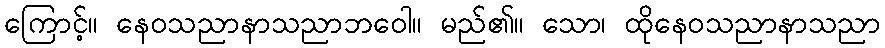
ကြောင့်။ နေဝသညာနာသညာဘဝေါ။ မည်၏။ သော၊ ထိုနေဝသညာနာသညာ